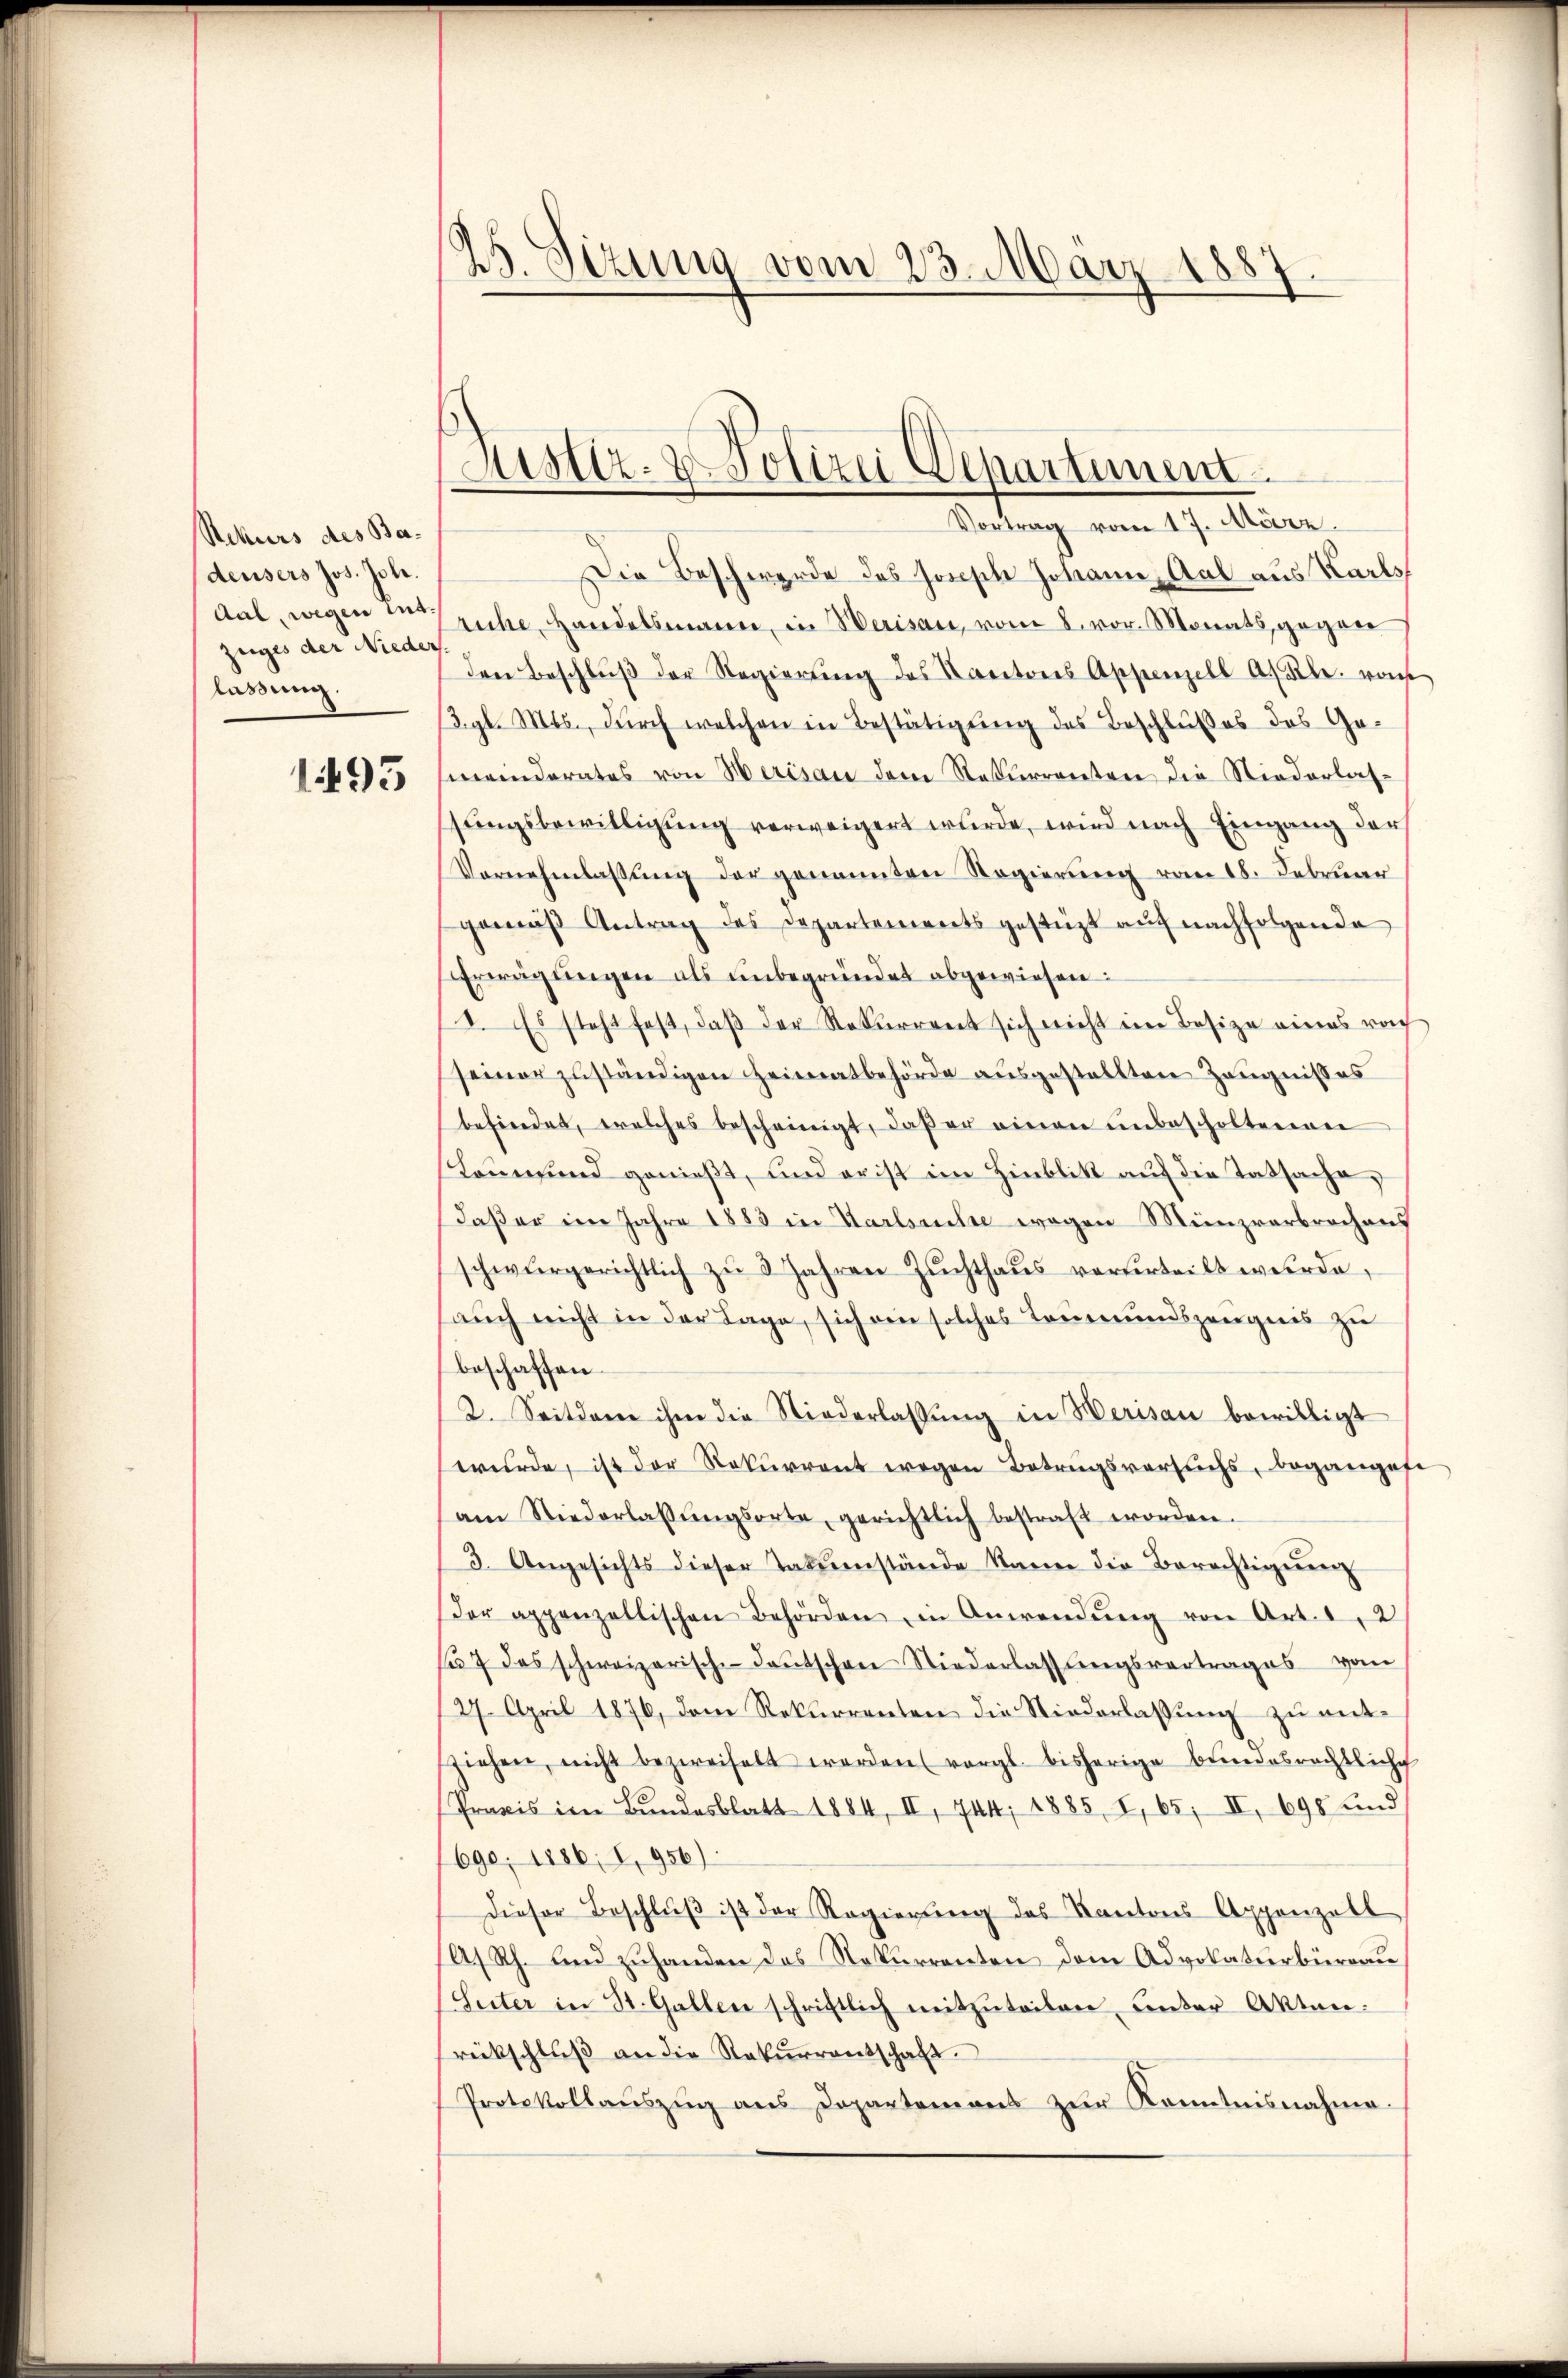
Rekurs des Badensers Jos. Joh.
dal, wegen entzeiges der Nieder
lassung.

45. Sizung vom 23. März 1887
d

Die Beschwerde des Honsche Johann Aal aus Karlsriche Handelsmann, in Werisau, vom 8. vor. Monats gegen
den Beschlŭβ der Regierŭng des Kantons Appenzell A. Kl. von
13. gl. Mts., durch welchen in Bestätigung des Beschlußes des Ge¬
1655 (meinderates von Merisau dem Rekurrenten die Niederlassungsbewilligung verweigert wurde, wird nach Eingang der
Vernehmlassung der genannten Regierung vom 18. Februar
gemäβ Antrag des Departements gestüzt aŭf nachfolgende
Erwägŭngen als unbegründet abgewiesen:
2. Es steht fest, daβ der Rekurrent sich nicht im Besize eines rech
seiner zuständigen Heimatbehörde ausgestellten Zeugnisses
befindet, welches bescheinigt, daβ er einen ŭnbescholtenen
stainsind genießt, und er ist im Hinblik auf die Tatsache,
daßer im Jahre 1883 in Karlsuche wegen Münzverbrochens
schwurgerichtlich zŭ 3 Jahren Zŭchthaŭs verurteilt wŭrde,
auch nicht in der Lage, sich ein solches Leumundszeugnis zu
beschaffen.
2. Seitdem ihm die Niederlassŭng in Werisau bewilligt
wurde, ist der Rekurrent wegen Betrugsversuchs, begangefe
am Niederlassŭngsorte, gerichtlich bestraft worden.
3. Angesichts dieser Tatumstände kann die Berechtigŭng
Der appenzellischen Behörden in Anwendŭng von Art. 12
f 7 das schweizerisch-deŭtschen Niederlassŭngsvertrages vom
127. April 1876, dem Rekurrenten die Niederlassung zu entziehen, nicht bezweifelt werden (vergl. bisherige bŭndesrechtliche
Praxis im Bundesblatt 1884, II, 744, 1885, I, 65, II, 698 und
1690; 1886, I. 956)
Dieser Beschlŭβ ist der Regierŭng des Kantons Appenzell
(A/Rh. und zuhanden das Rekurrenten dem Advokaturbüreau
(Suter in St. Gallen schriftlich mitzuteilen unter Akten.
rückschlŭβ an die Rekŭrrentschaft.
Protokollaŭszŭg ans Departemons zŭr Kenntnisnahme.

Mister- & Polizei Departement
Vortrag vom 17. März.